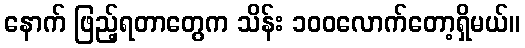
နောက် ဖြည့်ရတာတွေက သိန်း ၁၀၀လောက်တော့ရှိမယ်။